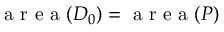
{ \mathrm { ~ a ~ r ~ e ~ a ~ } ( D _ { 0 } ) = \mathrm { ~ a ~ r ~ e ~ a ~ } ( P ) }